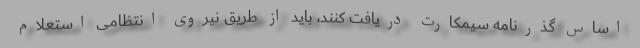
اساس گذرنامه سیمکارت دریافت کنند، باید از طریق نیروی انتظامی استعلام